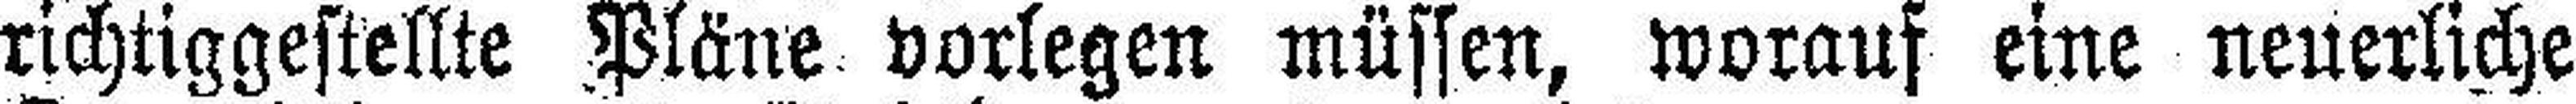
richtiggestellte Pläne vorlegen müssen, worauf eine neuerliche